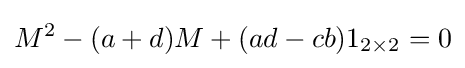
M^{2}-(a+d)M+(ad-cb)1_{2\times 2}=0